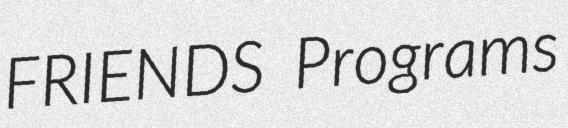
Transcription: FRIENDS Programs